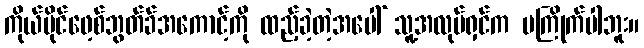
ကိုယ်ပိုင်ဖေ့စ်ဘွတ်ခ်အကောင့်ကို ထည့်ခဲ့တဲ့အပေါ် သူ့အလုပ်ရှင်က မကြိုက်ပါဘူး။